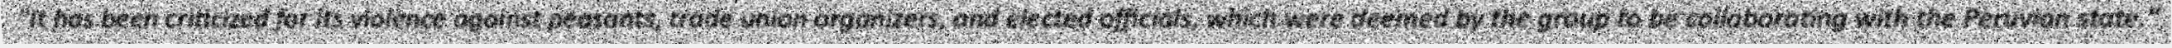
"It has been criticized for its violence against peasants, trade union organizers, and elected officials, which were deemed by the group to be collaborating with the Peruvian state."